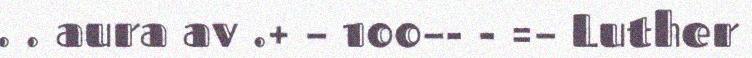
. . aura av .+ – 100–- - =– Luther